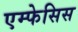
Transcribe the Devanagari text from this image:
एम्फेसिस